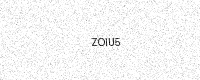
Text: ZOIU5